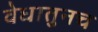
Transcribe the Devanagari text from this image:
वेधातुनच